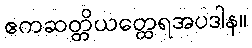
ဧကဆတ္တိယတ္ထေရအပဒါန။